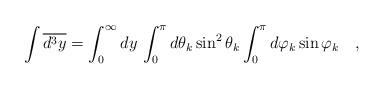
LaTeX: \begin{align*}\int \overline{d^{3}y}=\int_{0}^{\infty }dy\,\int_{0}^{\pi }d\theta _{k}\sin^{2}\theta _{k}\int_{0}^{\pi }d\varphi _{k}\sin \varphi _{k}\quad ,\end{align*}